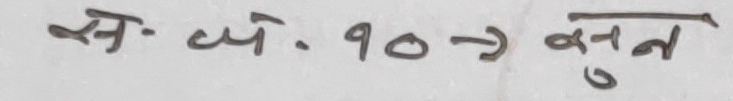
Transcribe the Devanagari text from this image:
स्र. अ. १० -> सुन